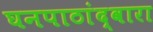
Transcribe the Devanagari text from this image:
घनपाठांद्वारा